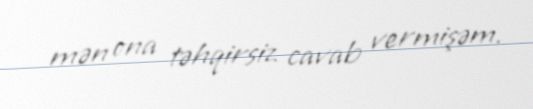
mən ona təhqirsiz cavab vermişəm.